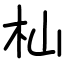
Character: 杣